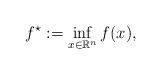
LaTeX: \begin{align*}f^\star:=\inf_{x\in \mathbb{R}^n} f(x),\end{align*}